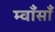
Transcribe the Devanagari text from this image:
म्वाँसाँ